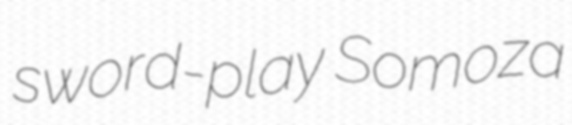
sword-play Somoza